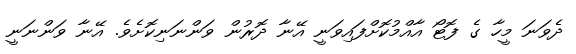
ދެވަނަ މީހާ ގެ ފޮޓޯ އާއްމުކޮށްފައިވަނީ އޭނާ ދޮރުން ވަންނަނިކޮށެވެ. އޭނާ ވަންނަނީ